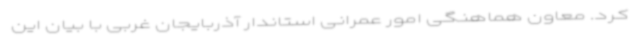
کرد. معاون هماهنگی امور عمرانی استاندار آذربایجان غربی با بیان این